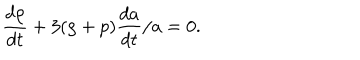
LaTeX: { \frac { d \rho } { d t } } + 3 ( \rho + p ) { \frac { d a } { d t } } / a = 0 .